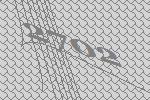
2702